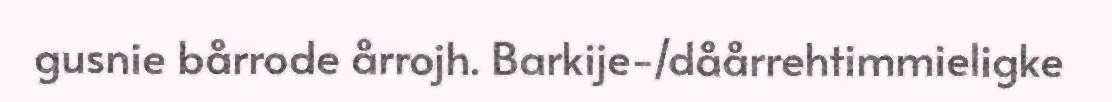
gusnie bårrode årrojh. Barkije-/dåårrehtimmieligke